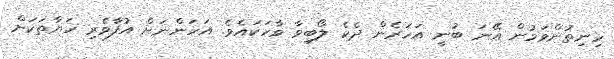
ހިނިތުންވަމުން އޭނަ ބުނީ އަހަރެން ދެކެ ލޯބިވާ ވާހަކައެވެ. އަަހަންނަށް އުފާވެރި ހަޔާތަކަށް